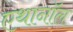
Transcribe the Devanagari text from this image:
एथानॉल